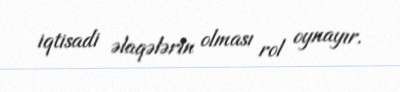
iqtisadi əlaqələrin olması rol oynayır.